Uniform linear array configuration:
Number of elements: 64
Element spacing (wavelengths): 0.25
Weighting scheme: uniform
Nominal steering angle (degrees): -30
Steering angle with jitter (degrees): -30.073
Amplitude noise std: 0.05
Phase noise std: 0.05

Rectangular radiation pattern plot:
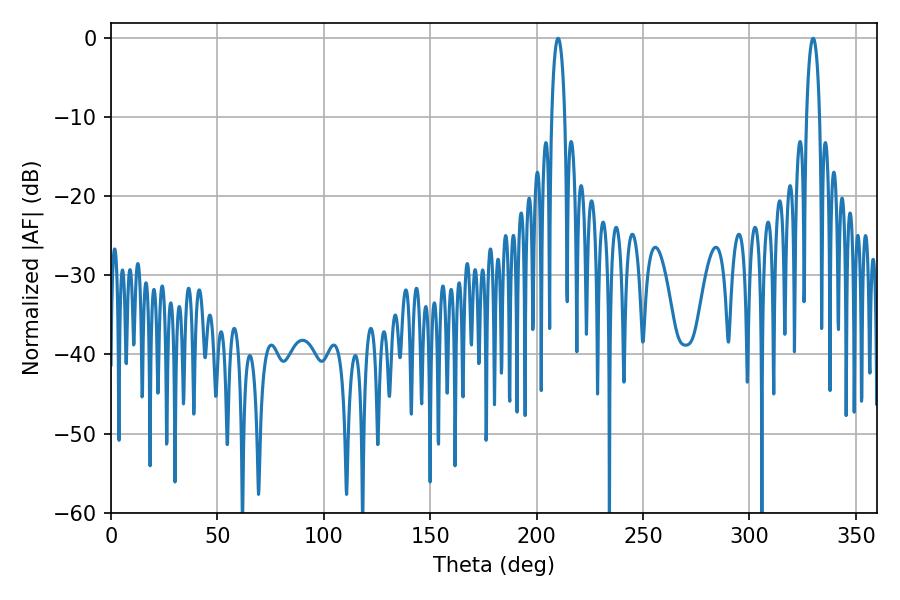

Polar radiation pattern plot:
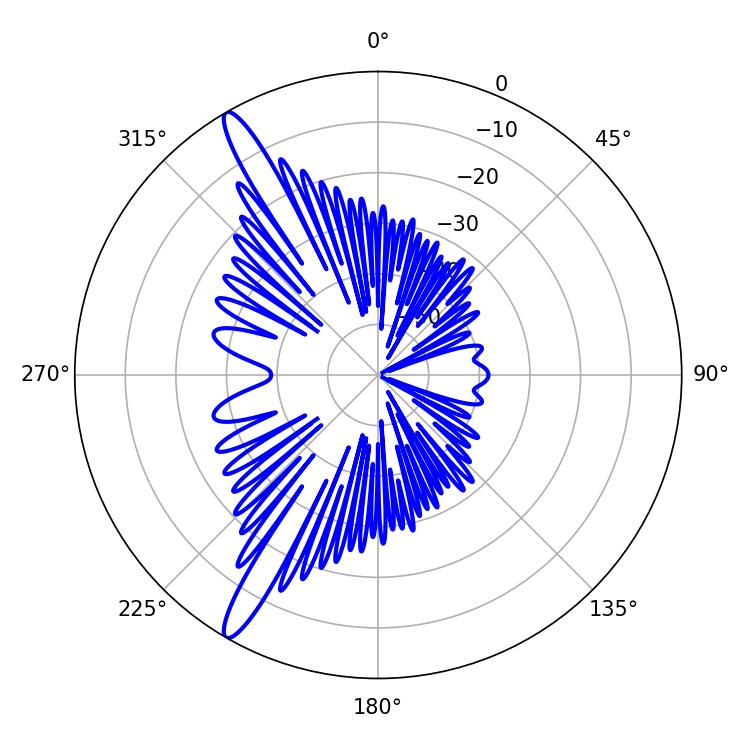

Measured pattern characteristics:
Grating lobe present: FALSE
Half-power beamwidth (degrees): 3.42
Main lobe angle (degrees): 210.06